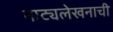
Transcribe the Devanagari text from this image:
नाट्यलेखनाची